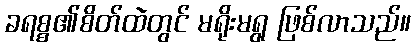
ခရစ္စ၏စိတ်ထဲတွင် မရိုးမရွ ဖြစ်လာသည်။